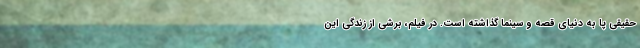
حقیقی پا به دنیای قصه و سینما گذاشته است. در فیلم، برشی از زندگی این